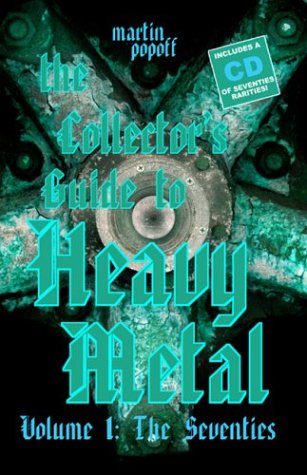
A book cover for The Collector's Guide to Heavy Metal: Volume 1: The Seventies; Martin Popoff; Crafts, Hobbies & Home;